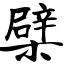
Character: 檗